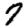
Digit: 7